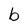
Character: b